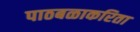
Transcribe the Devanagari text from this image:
पाठबळाकरिता